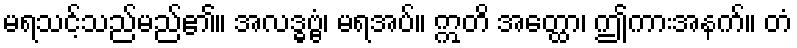
မရသင့်သည်မည်၏။ အလဒ္ဓဗ္ဗံ၊ မရအပ်။ ဣတိ အတ္ထော၊ ဤကားအနက်။ တံ